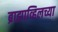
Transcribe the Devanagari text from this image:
ब्राझाव्हिलच्या